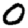
Digit: 0